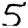
Digit: 5